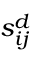
s _ { i j } ^ { d }